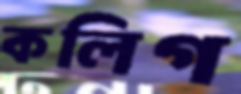
কলিগ